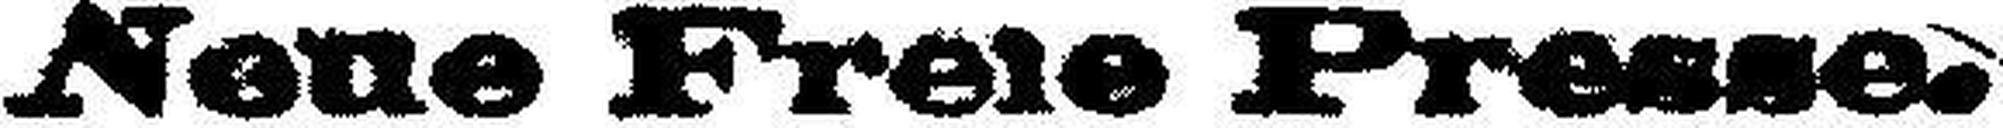
Neue Freie Presse.